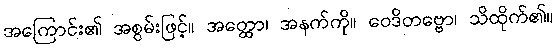
အကြောင်း၏ အစွမ်းဖြင့်။ အတ္ထော၊ အနက်ကို။ ဝေဒိတဗ္ဗော၊ သိထိုက်၏။